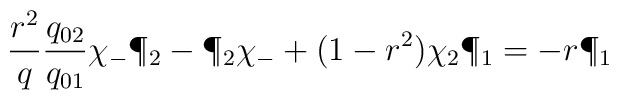
{r^2\over q}{q_{02} \over q_{01}}\chi_- \P_2- \P_2 \chi_-+(1-r^2) \chi_2 \P_1=-r \P_1